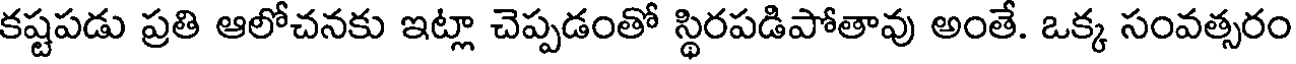
కష్టపడు ప్రతి ఆలోచనకు ఇట్లా చెప్పడంతో స్థిరపడిపోతావు అంతే. ఒక్క సంవత్సరం